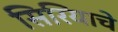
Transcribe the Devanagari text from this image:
सिरियाचे